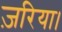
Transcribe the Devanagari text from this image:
ज़रिया।